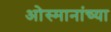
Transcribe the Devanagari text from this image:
ओस्मानांच्या